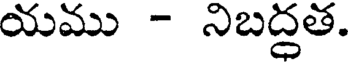
యము - నిబద్ధత.